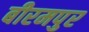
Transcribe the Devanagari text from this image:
बीरमपुर